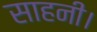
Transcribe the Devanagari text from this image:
साहनी।